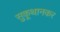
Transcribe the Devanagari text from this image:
सुकूथानकर